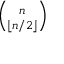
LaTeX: \scriptstyle { \binom { n } { \lfloor n / 2 \rfloor } }